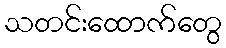
သတင်းထောက်တွေ